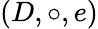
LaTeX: (D,\circ,e)